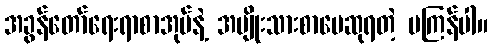
အခွန်တော်ရေးရာစာအုပ်နဲ့ အမျိုးသားစာပေဆုရတဲ့ မကြန်ပါ။